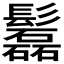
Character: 𩯹